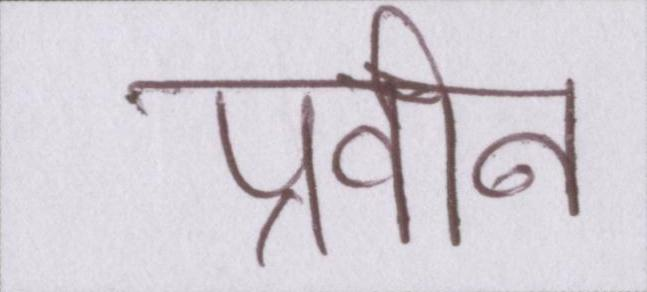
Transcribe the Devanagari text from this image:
प्रवीन